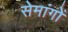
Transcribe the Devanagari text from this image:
सेमांगों